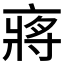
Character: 𠅵